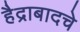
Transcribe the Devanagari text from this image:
हैद्राबादचे